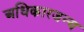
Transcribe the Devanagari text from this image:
अधिकारजन्य